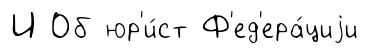
И Об юр'и́ст Ф'ед'ера́циjи